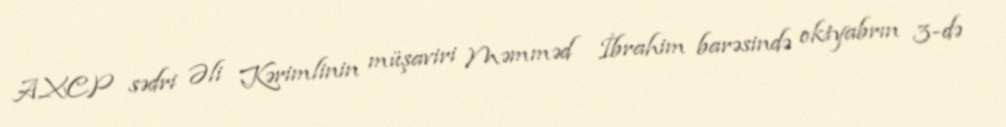
AXCP sədri Əli Kərimlinin müşaviri Məmməd İbrahim barəsində oktyabrın 3-də